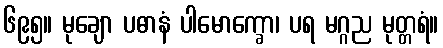
၆၉၅။ မုချော ပဓာနံ ပါမောက္ခော၊ ပရ မဂ္ဂည မုတ္တရံ။